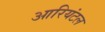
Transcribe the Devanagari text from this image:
आरियंटल